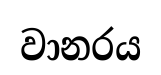
වානරය